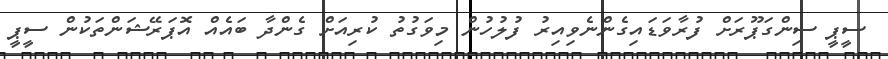
ސީޕީ ސިންގަޕޫރަށް ފުރާވަޑައިގެންނެވިއިރު ފުލުހުން މިވަގުތު ކުރިއަށް ގެންދާ ބައެއް އޮޕަރޭޝަންތަކުން ސީޕީ